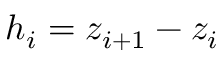
h _ { i } = z _ { i + 1 } - z _ { i }